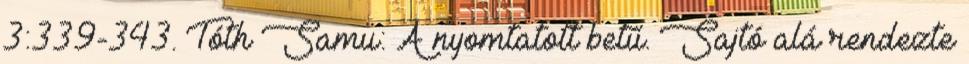
3:339-343. Tóth Samu: A nyomtatott betű. Sajtó alá rendezte